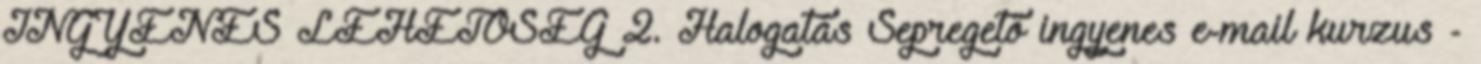
INGYENES LEHETŐSÉG 2. Halogatás Sepregető ingyenes e-mail kurzus -